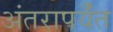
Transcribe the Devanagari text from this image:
अंतरापर्यँत